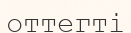
оттегті